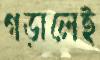
গড়ালেই